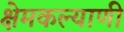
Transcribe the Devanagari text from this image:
क्षेमकल्याणी